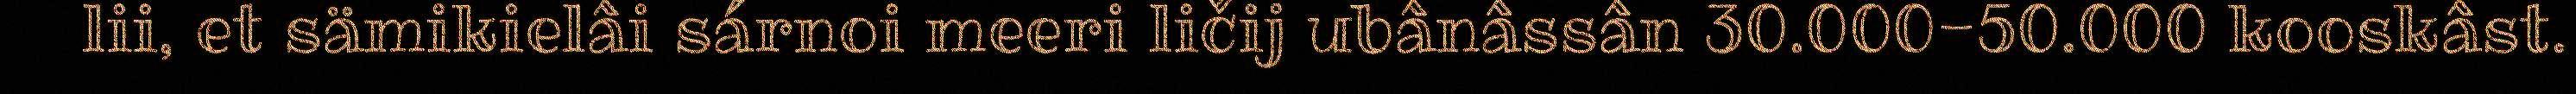
lii, et sämikielâi sárnoi meeri ličij ubânâssân 30.000-50.000 kooskâst.